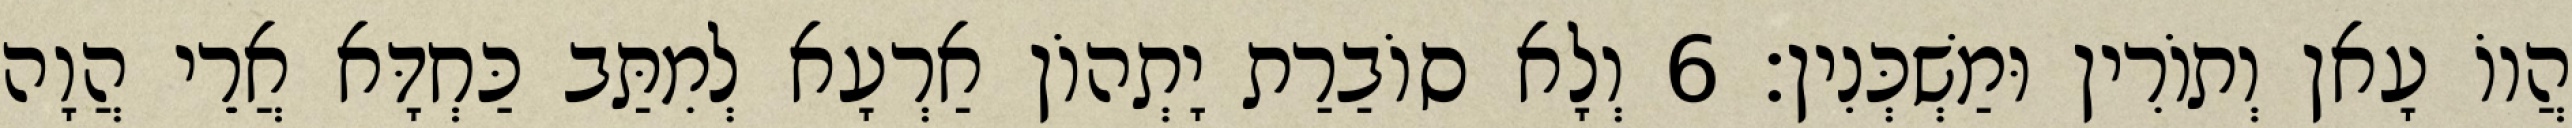
הֲווֹ עָאן וְתוֹרִין וּמַשְׁכְּנִין׃ 6 וְלָא סוֹבַרַת יָתְהוֹן אַרְעָא לְמִתַּב כַּחְדָּא אֲרֵי הֲוָה